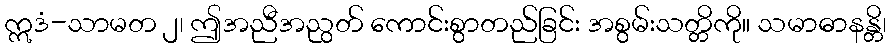
ဣဒံ-သာမတ ၂၊ ဤအညီအညွတ် ကောင်းစွာတည်ခြင်း အစွမ်းသတ္တိကို။ သမာဓာနန္တိ၊